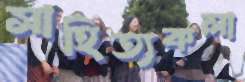
সাহিত্যকলা